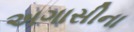
અગાસીના